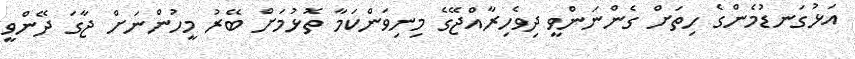
އަޅުގަނޑުމެންގެ ހިތަށް ގެންނަންވީ ދިވެހިރާއްޖޭގެ މިނިވަންކަމާ ތޮޅުމަށް ބޭރު މީހުންނަށް ޖާގަ ދޭންވީ